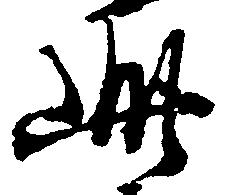
此